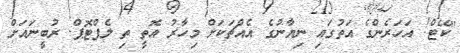
"ކޭޓް! އަހަރެންގެ އަތުގައި ނިޔާނުގެ އެއްޗަކަށް މިހާރު އޮތީ ތި ލެޕްޓޮޕް. ރުބީނައަށް